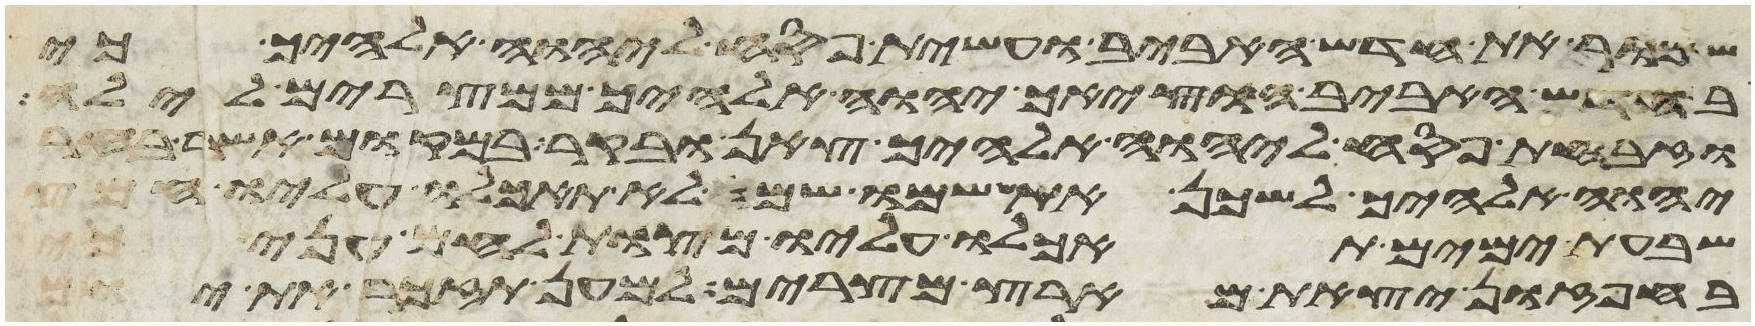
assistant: שמור את חדש האביב ועשית פסח ליהוה אלהיך כי
בחדש האביב הוציאך יהוה אלהיך ממצרים לילה
וזבחת פסח ליהוה אלהיך צאן ובקר במקום אשר בחר
יהוה אלהיך לשכן את שמו שם לא תאכלו עליו חמץ
שבעת ימים תאכלו עליו מצות לחם עני
בחפזון יצאת מארץ מצרים למען תזכר את יום